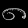
Digit: ၈